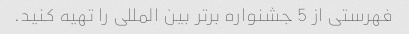
فهرستی از 5 جشنواره برتر بین المللی را تهیه کنید.